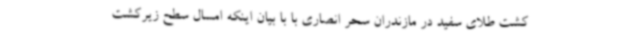
کشت طلای سفید در مازندران سحر انصاری با با بیان اینکه امسال سطح زیرکشت